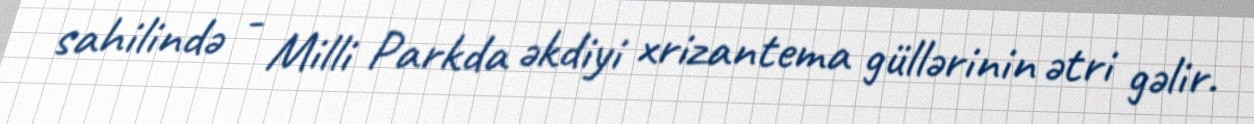
sahilində - Milli Parkda əkdiyi xrizantema güllərinin ətri gəlir.